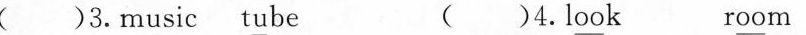
()3.music tube ()4.l\underline{oo}k r\underline{oo}m